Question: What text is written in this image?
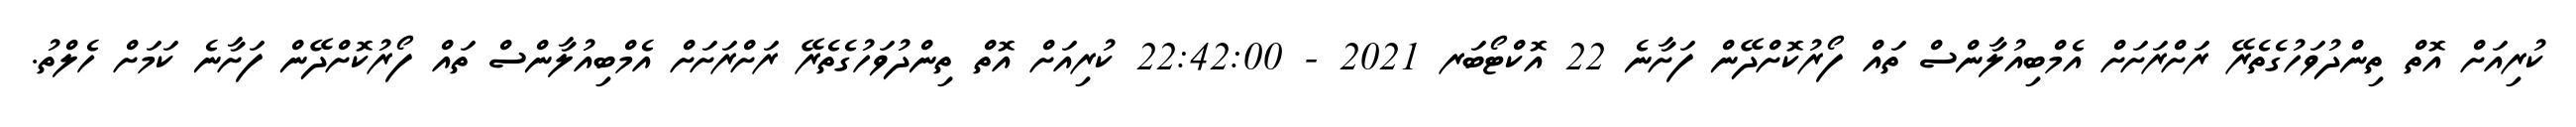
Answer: ކުރިއަށް އޮތް ތިންދުވަހުގެތެރޭ ރަށްރަށަށް އެމްބިއުލާންސް ތައް ފޯރުކޮށްދޭން ފަށާނެ 22 އޮކްޓޯބަރ 2021 - 22:42:00 ކުރިއަށް އޮތް ތިންދުވަހުގެތެރޭ ރަށްރަށަށް އެމްބިއުލާންސް ތައް ފޯރުކޮށްދޭން ފަށާނެ ކަމަށް ހެލްތު.